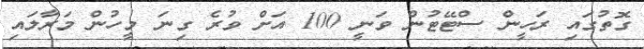
ގޮތުގައި ރަހީން ސްޓޭޓުން ވަނީ 100 އަށް ވުރެ ގިނަ މީހުން މަރާލައި